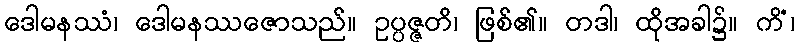
ဒေါမနဿံ၊ ဒေါမနဿဇောသည်။ ဥပ္ပဇ္ဇတိ၊ ဖြစ်၏။ တဒါ၊ ထိုအခါ၌။ ကိံ၊